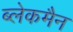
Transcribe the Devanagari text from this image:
ब्लेकमैन